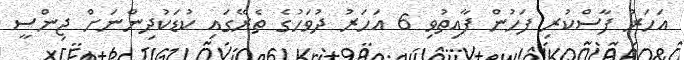
އަހަރު ފާސްކުރި ފަހުން ފާއިތުވި 6 އަހަރު ދުވަހުގެ ތެރޭގައި ކުޑަކުދިންނަށް ޖިންސީ